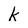
Character: k